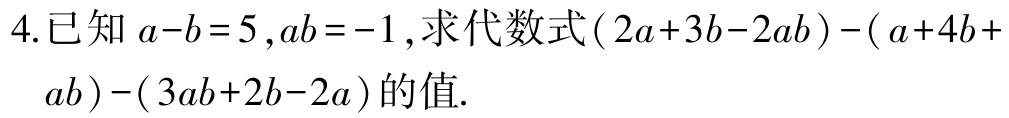
4.已知\(a - b = 5\),\(ab = -1\),求代数式\((2a + 3b - 2ab)-(a + 4b + ab)-(3ab + 2b - 2a)\)的值.